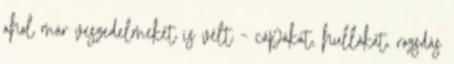
ahol már veszedelmeket is vélt – cápákat, hullákat, rozsdás